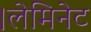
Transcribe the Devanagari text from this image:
।लेमिनेट